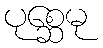
ပုစ္ဆေမု